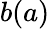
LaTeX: b(a)